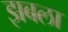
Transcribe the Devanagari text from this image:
झबला